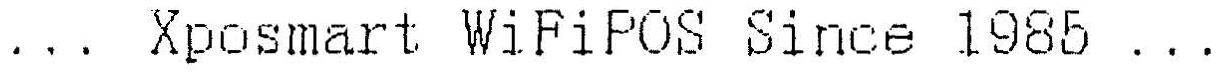
... XPOSMART WIFIPOS SINCE 1985 ...